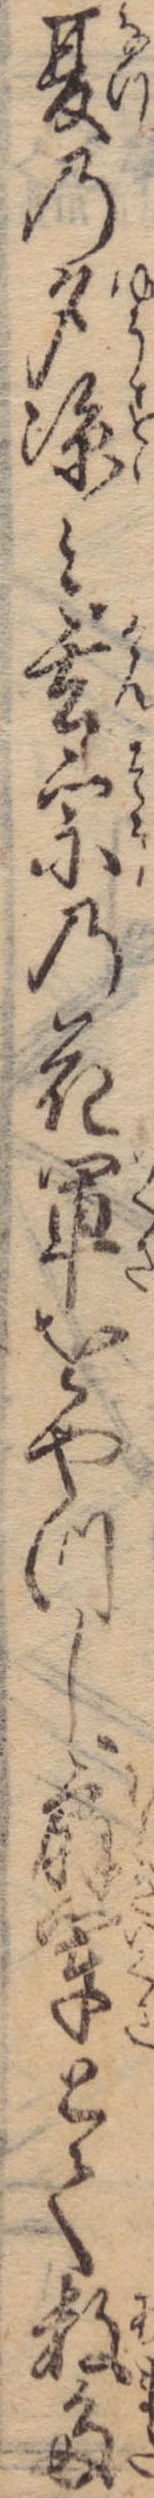
夏の夕涼み玄宗の花軍をやつし扇軍とて数多